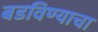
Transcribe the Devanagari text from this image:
बडविण्याचा